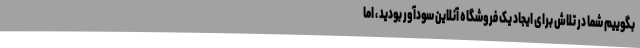
بگوییم شما در تلاش برای ایجاد یک فروشگاه آنلاین سودآور بودید ، اما